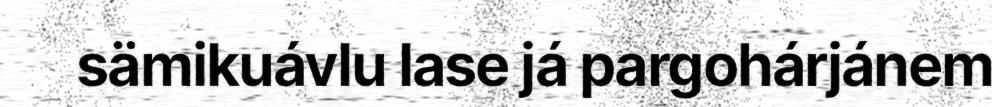
sämikuávlu lase já pargohárjánem